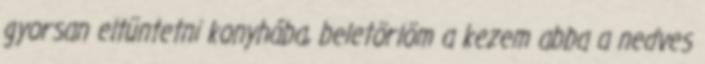
gyorsan eltüntetni konyhába, beletörlöm a kezem abba a nedves